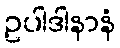
ဥပါဒါနာနံ